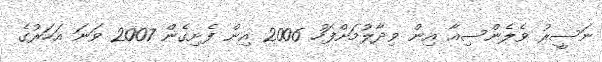
ނަސީރު ވެލެންސިއާ އިން ވިދާލުމަށްފަހު 2006 އިން ފެށިގެން 2007 ވަނަ އަހަރުގެ